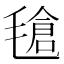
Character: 𣯙